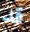
قد